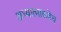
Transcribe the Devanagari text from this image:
अध्यात्माकडेच